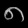
Digit: ၈